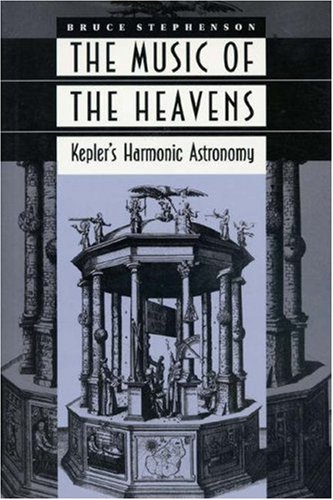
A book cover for The Music of the Heavens; Bruce Stephenson; Science & Math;